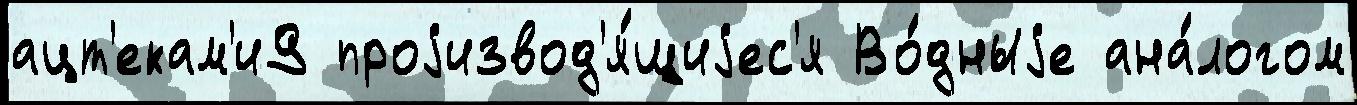
ацт'екам'и9 проjизвод'я́щиjес'я Во́дныjе ана́логом